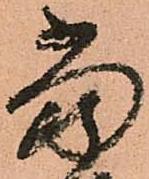
當